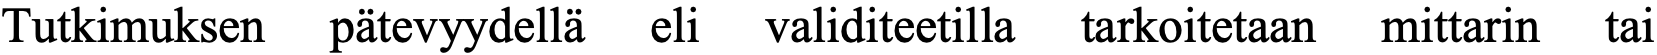
Tutkimuksen pätevyydellä eli validiteetilla tarkoitetaan mittarin tai